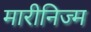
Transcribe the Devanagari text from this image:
मारीनिज्म